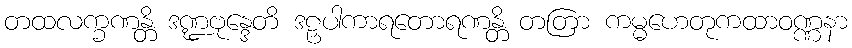
တထလက္ခဏန္တိ ဒဏ္ဍဗုန္ဒေတိ ဒဠှပါကာရတောရဏန္တိ တတြာ ကမ္မဟေတုကထာဝဏ္ဏနာ